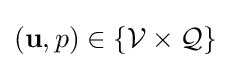
(\mathbf {u} ,p)\in \{{\mathcal {V}}\times {\mathcal {Q}}\}